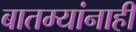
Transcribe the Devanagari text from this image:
बातम्यांनाही